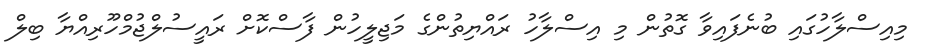
މިއިސްލާހުގައި ބުނެފައިވާ ގޮތުން މި އިސްލާހު ރައްޔިތުންގެ މަޖިލީހުން ފާސްކޮށް ރައީސުލްޖުމްހޫރިއްޔާ ބިލް